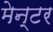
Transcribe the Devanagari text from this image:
मेन्टर